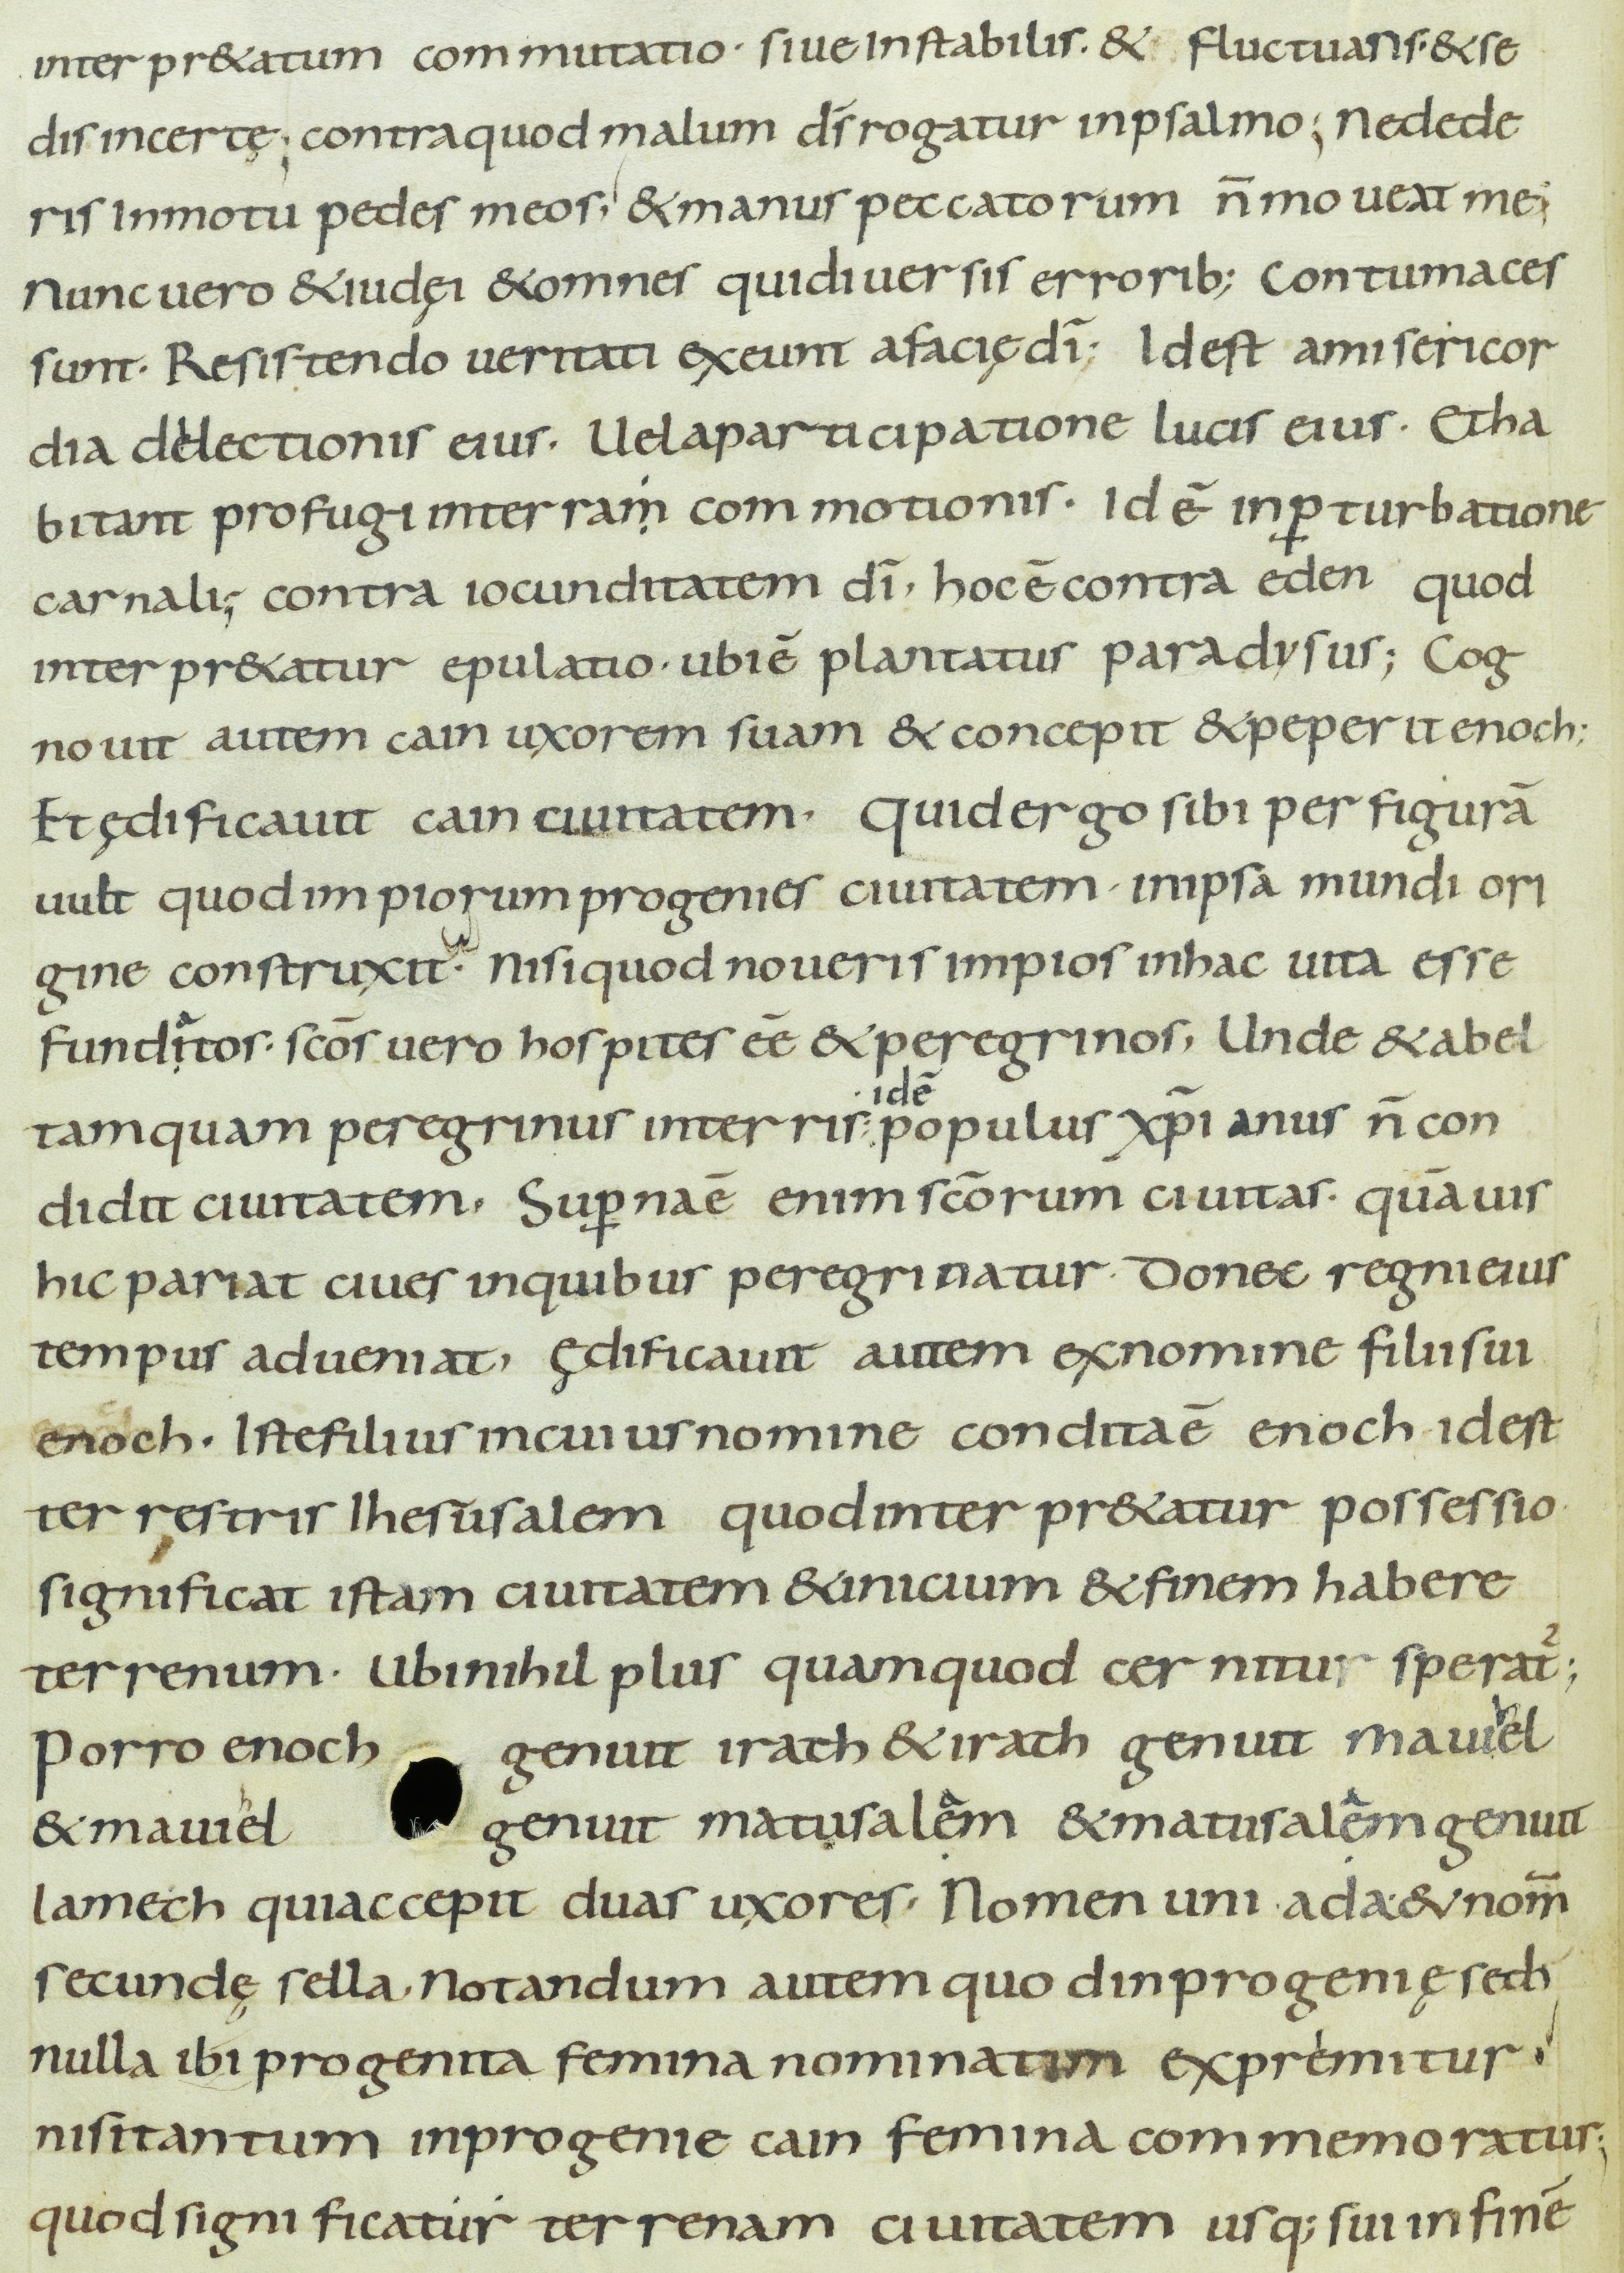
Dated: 800–899